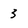
Character: 3